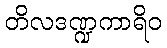
တိလဒဏ္ဍကာရိဝ